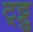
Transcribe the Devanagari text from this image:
ट्ट्टु